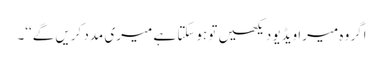
اگر وہ میرا ویڈیو دیکھیں تو ہوسکتا ہے میری مدد کریں گے‘‘۔